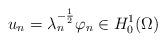
LaTeX: \begin{align*} u_n=\lambda_n^{-\frac{1}{2}}\varphi_n \in H_0^1(\Omega)\end{align*}